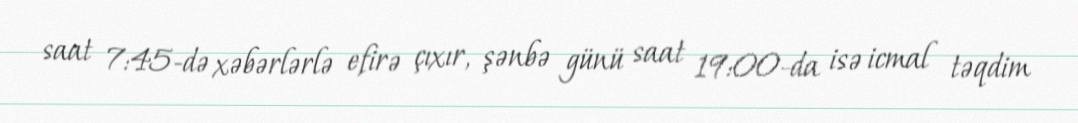
saat 7:45-də xəbərlərlə efirə çıxır, şənbə günü saat 19:00-da isə icmal təqdim